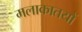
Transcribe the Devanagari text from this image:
मलाकातयों